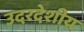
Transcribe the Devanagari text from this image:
उदरदेशीय